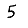
Digit: 5